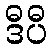
ဒီပီ